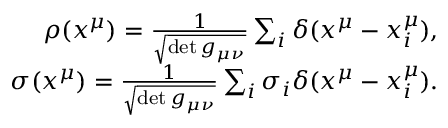
\begin{array} { r } { \rho ( x ^ { \mu } ) = \frac { 1 } { \sqrt { \operatorname* { d e t } g _ { \mu \nu } } } \sum _ { i } \delta ( x ^ { \mu } - x _ { i } ^ { \mu } ) , } \\ { \sigma ( x ^ { \mu } ) = \frac { 1 } { \sqrt { \operatorname* { d e t } g _ { \mu \nu } } } \sum _ { i } \sigma _ { i } \delta ( x ^ { \mu } - x _ { i } ^ { \mu } ) . } \end{array}